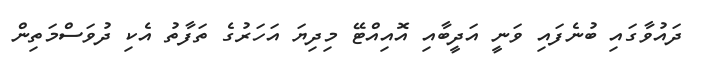
ދައުވާގައި ބުނެފައި ވަނީ އަދީބާއި އޮއިއްޓޭ މިދިޔަ އަހަރުގެ ތަފާތު އެކި ދުވަސްމަތިން